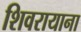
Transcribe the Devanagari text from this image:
शिवरायाना